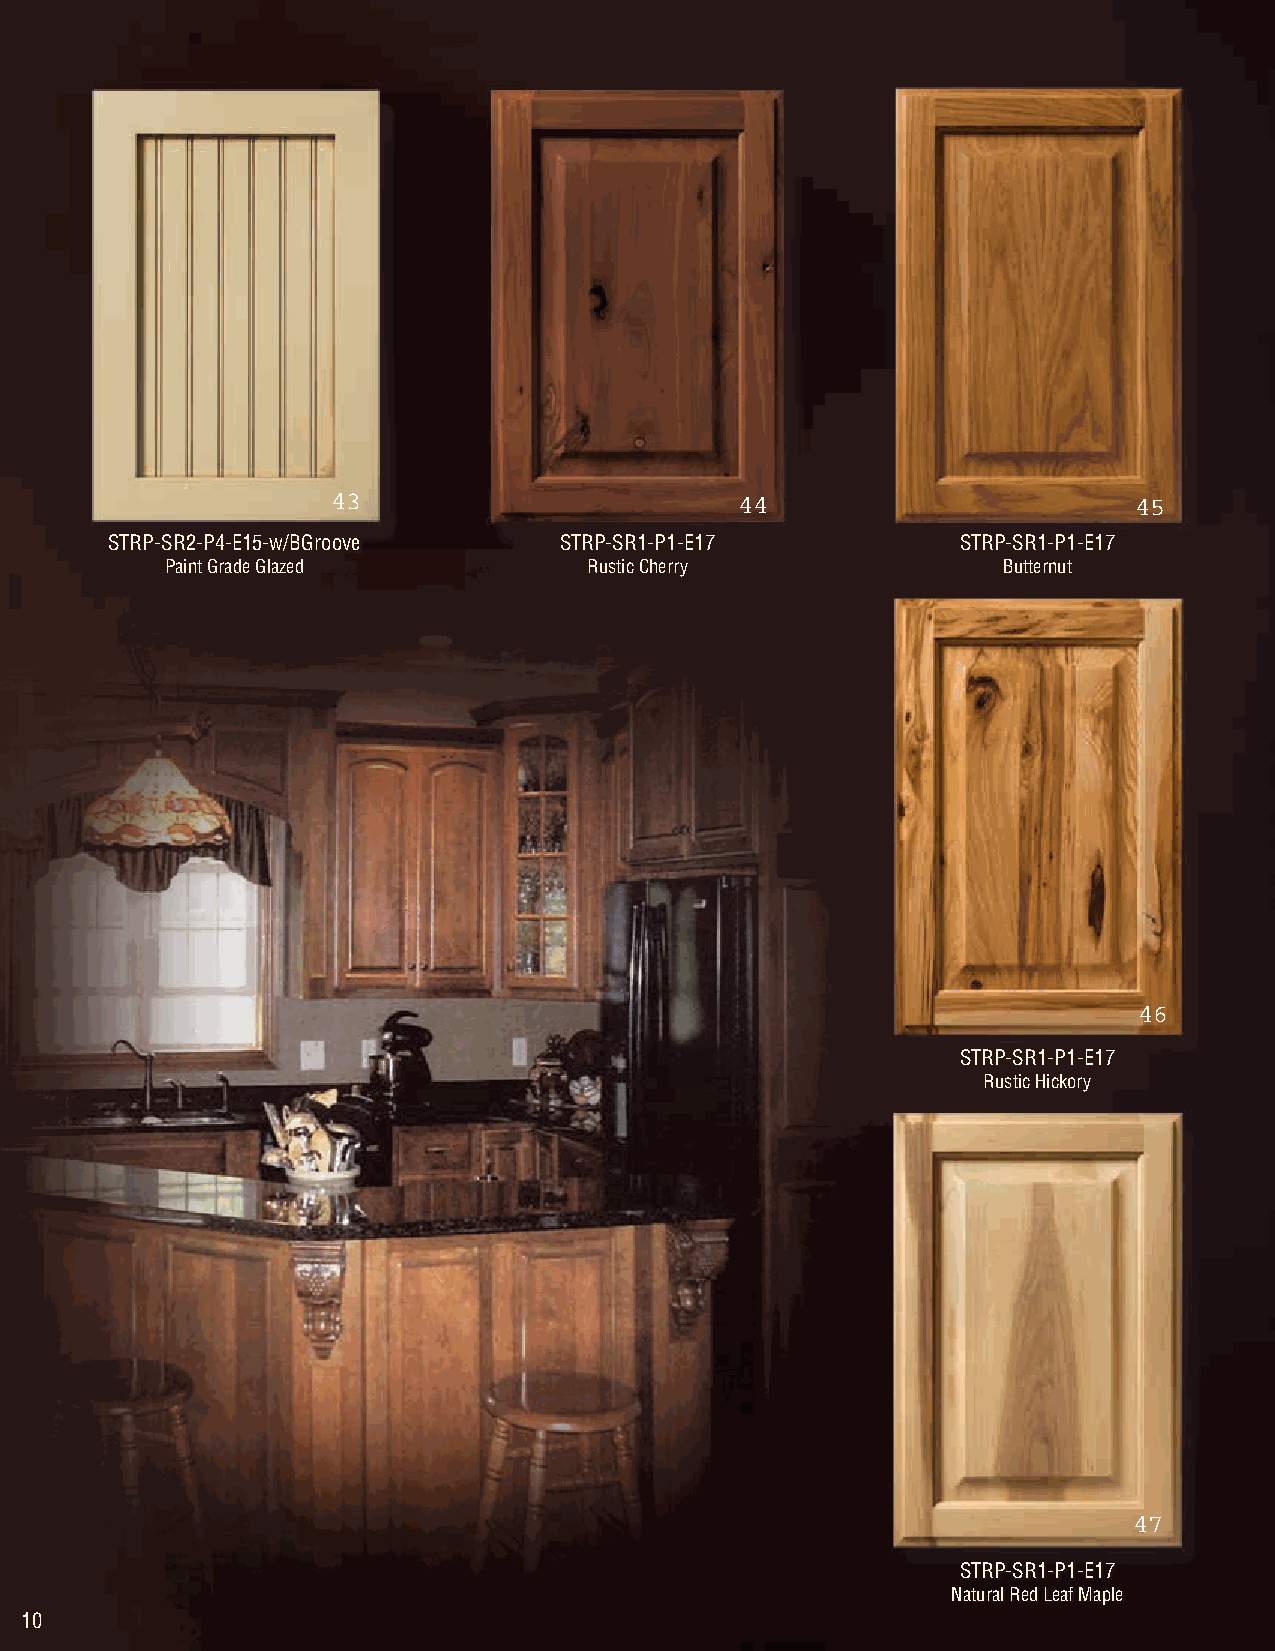
STRP-SR2-P4-E15-w/BGroove     STRP-SR1-P1-E17            STRP-SR1-P1-E17
 Paint Grade Glazed          Rustic Cherry              Butternut
 STRP-SR1-P1-E17
 Rustic Hickory
 STRP-SR1-P1-E17
 Natural Red Leaf Maple
 10